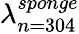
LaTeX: \lambda_{n=304}^{sponge}